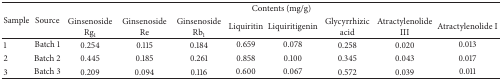
<table><thead><tr><td rowspan="2"><b>Sample</b></td><td rowspan="2"><b>Source</b></td><td colspan="8"><b>Contents (mg/g)</b></td></tr><tr><td><b>Ginsenoside Rg<sub>1</sub></b></td><td><b>Ginsenoside Re</b></td><td><b>Ginsenoside Rb<sub>1</sub></b></td><td><b>Liquiritin</b></td><td><b>Liquiritigenin</b></td><td><b>Glycyrrhizic acid</b></td><td><b>Atractylenolide III</b></td><td><b>Atractylenolide I</b></td></tr></thead><tbody><tr><td>1</td><td>Batch 1</td><td>0.254</td><td>0.115</td><td>0.184</td><td>0.659</td><td>0.078</td><td>0.258</td><td>0.020</td><td>0.013</td></tr><tr><td>2</td><td>Batch 2</td><td>0.445</td><td>0.185</td><td>0.261</td><td>0.858</td><td>0.100</td><td>0.345</td><td>0.043</td><td>0.017</td></tr><tr><td>3</td><td>Batch 3</td><td>0.209</td><td>0.094</td><td>0.116</td><td>0.600</td><td>0.067</td><td>0.572</td><td>0.039</td><td>0.011</td></tr></tbody></table>